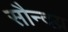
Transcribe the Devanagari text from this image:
सौन्दय्र